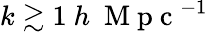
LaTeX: k\gtrsim 1\ h\ \mathrm{~M~p~c~}^{-1}